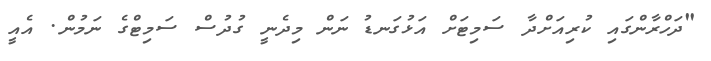
"ދަހްރާންގައި ކުރިއަށްދާ ސަމިޓަށް އަޅުގަނޑު ނަން މިދެނީ ގުދުސް ސަމިޓްގެ ނަމުން. އެއީ